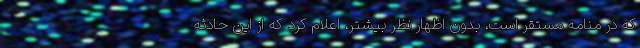
که در منامه مستقر است، بدون اظهار نظر بیشتر، اعلام کرد که از این حادثه